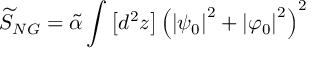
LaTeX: \widetilde { S } _ { N G } = \widetilde { \alpha } \int \left[ d ^ { 2 } z \right] \left( \left| \psi _ { 0 } \right| ^ { 2 } + \left| \varphi _ { 0 } \right| ^ { 2 } \right) ^ { 2 }